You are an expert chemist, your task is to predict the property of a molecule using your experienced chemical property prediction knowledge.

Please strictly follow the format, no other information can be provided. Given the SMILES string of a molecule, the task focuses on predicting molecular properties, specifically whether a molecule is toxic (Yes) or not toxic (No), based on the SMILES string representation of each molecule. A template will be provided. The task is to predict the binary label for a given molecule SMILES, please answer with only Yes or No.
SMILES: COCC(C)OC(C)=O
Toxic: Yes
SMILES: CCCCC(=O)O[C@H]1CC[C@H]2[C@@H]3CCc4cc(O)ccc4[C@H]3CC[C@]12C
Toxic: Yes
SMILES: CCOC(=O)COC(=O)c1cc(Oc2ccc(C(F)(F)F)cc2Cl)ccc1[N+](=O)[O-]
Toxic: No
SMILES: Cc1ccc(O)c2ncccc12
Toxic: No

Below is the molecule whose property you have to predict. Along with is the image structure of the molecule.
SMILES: SCCSCCS
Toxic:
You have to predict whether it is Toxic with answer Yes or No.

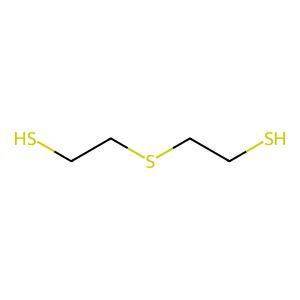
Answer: No